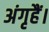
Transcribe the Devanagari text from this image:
अंगृहैं।